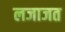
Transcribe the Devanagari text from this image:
लजाजत